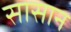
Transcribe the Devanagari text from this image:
सासान